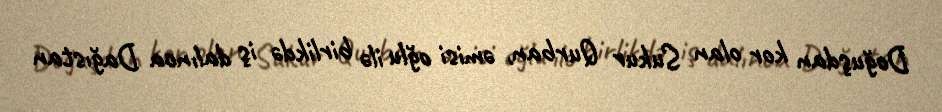
Doğuşdan kor olan Sukur Qurban, əmisi oğlu ilə birlikdə iş dalınca Dağıstan